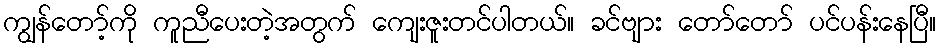
ကျွန်တော့်ကို ကူညီပေးတဲ့အတွက် ကျေးဇူးတင်ပါတယ်။ ခင်ဗျား တော်တော် ပင်ပန်းနေပြီ။